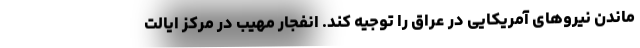
ماندن نیروهای آمریکایی در عراق را توجیه کند. انفجار مهیب در مرکز ایالت